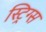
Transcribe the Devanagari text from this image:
स्ट्रिग्स